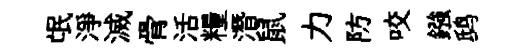
氓淨滅骨活糧潛鼠力防咬鏹鸱